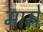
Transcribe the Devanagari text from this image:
मास्रे